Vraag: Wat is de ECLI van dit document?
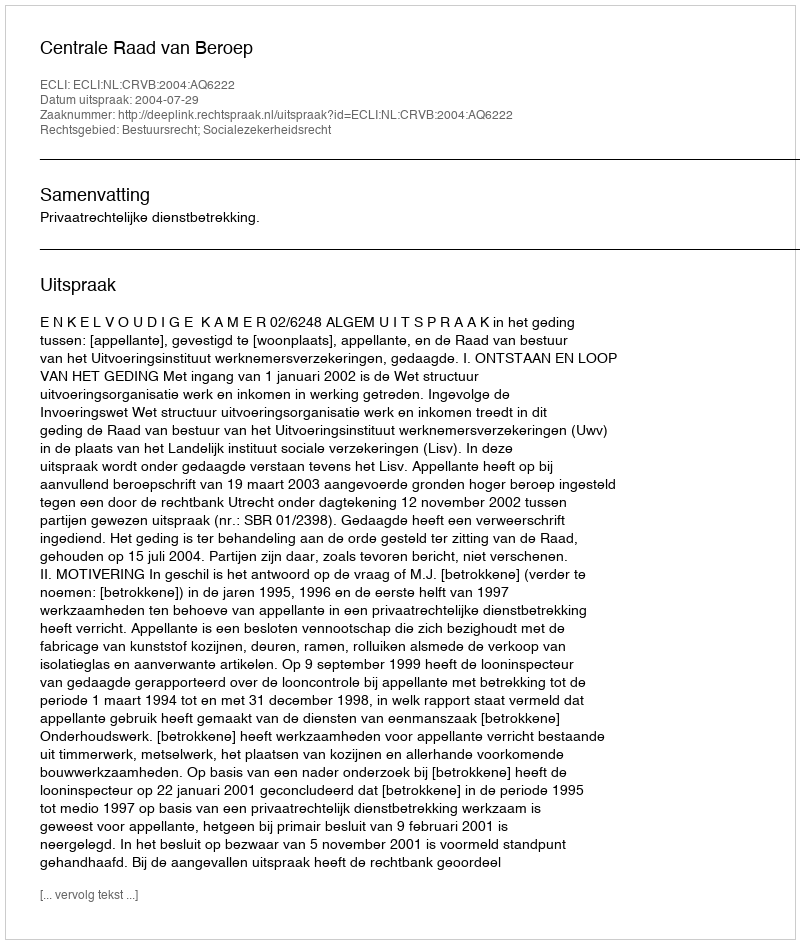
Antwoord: ECLI:NL:CRVB:2004:AQ6222